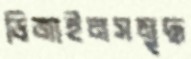
ডিজাইনসমৃদ্ধ